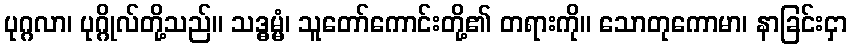
ပုဂ္ဂလာ၊ ပုဂ္ဂိုလ်တို့သည်။ သဒ္ဓမ္မံ၊ သူတော်ကောင်းတို့၏ တရားကို။ သောတုကောမာ၊ နာခြင်းငှာ